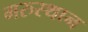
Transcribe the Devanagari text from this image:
मरुस्थान